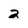
Character: 2